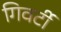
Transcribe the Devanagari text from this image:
गिवर्टी